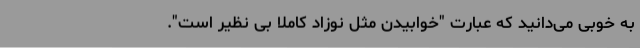
به خوبی می‌دانید که عبارت "خوابیدن مثل نوزاد کاملاً بی نظیر است".